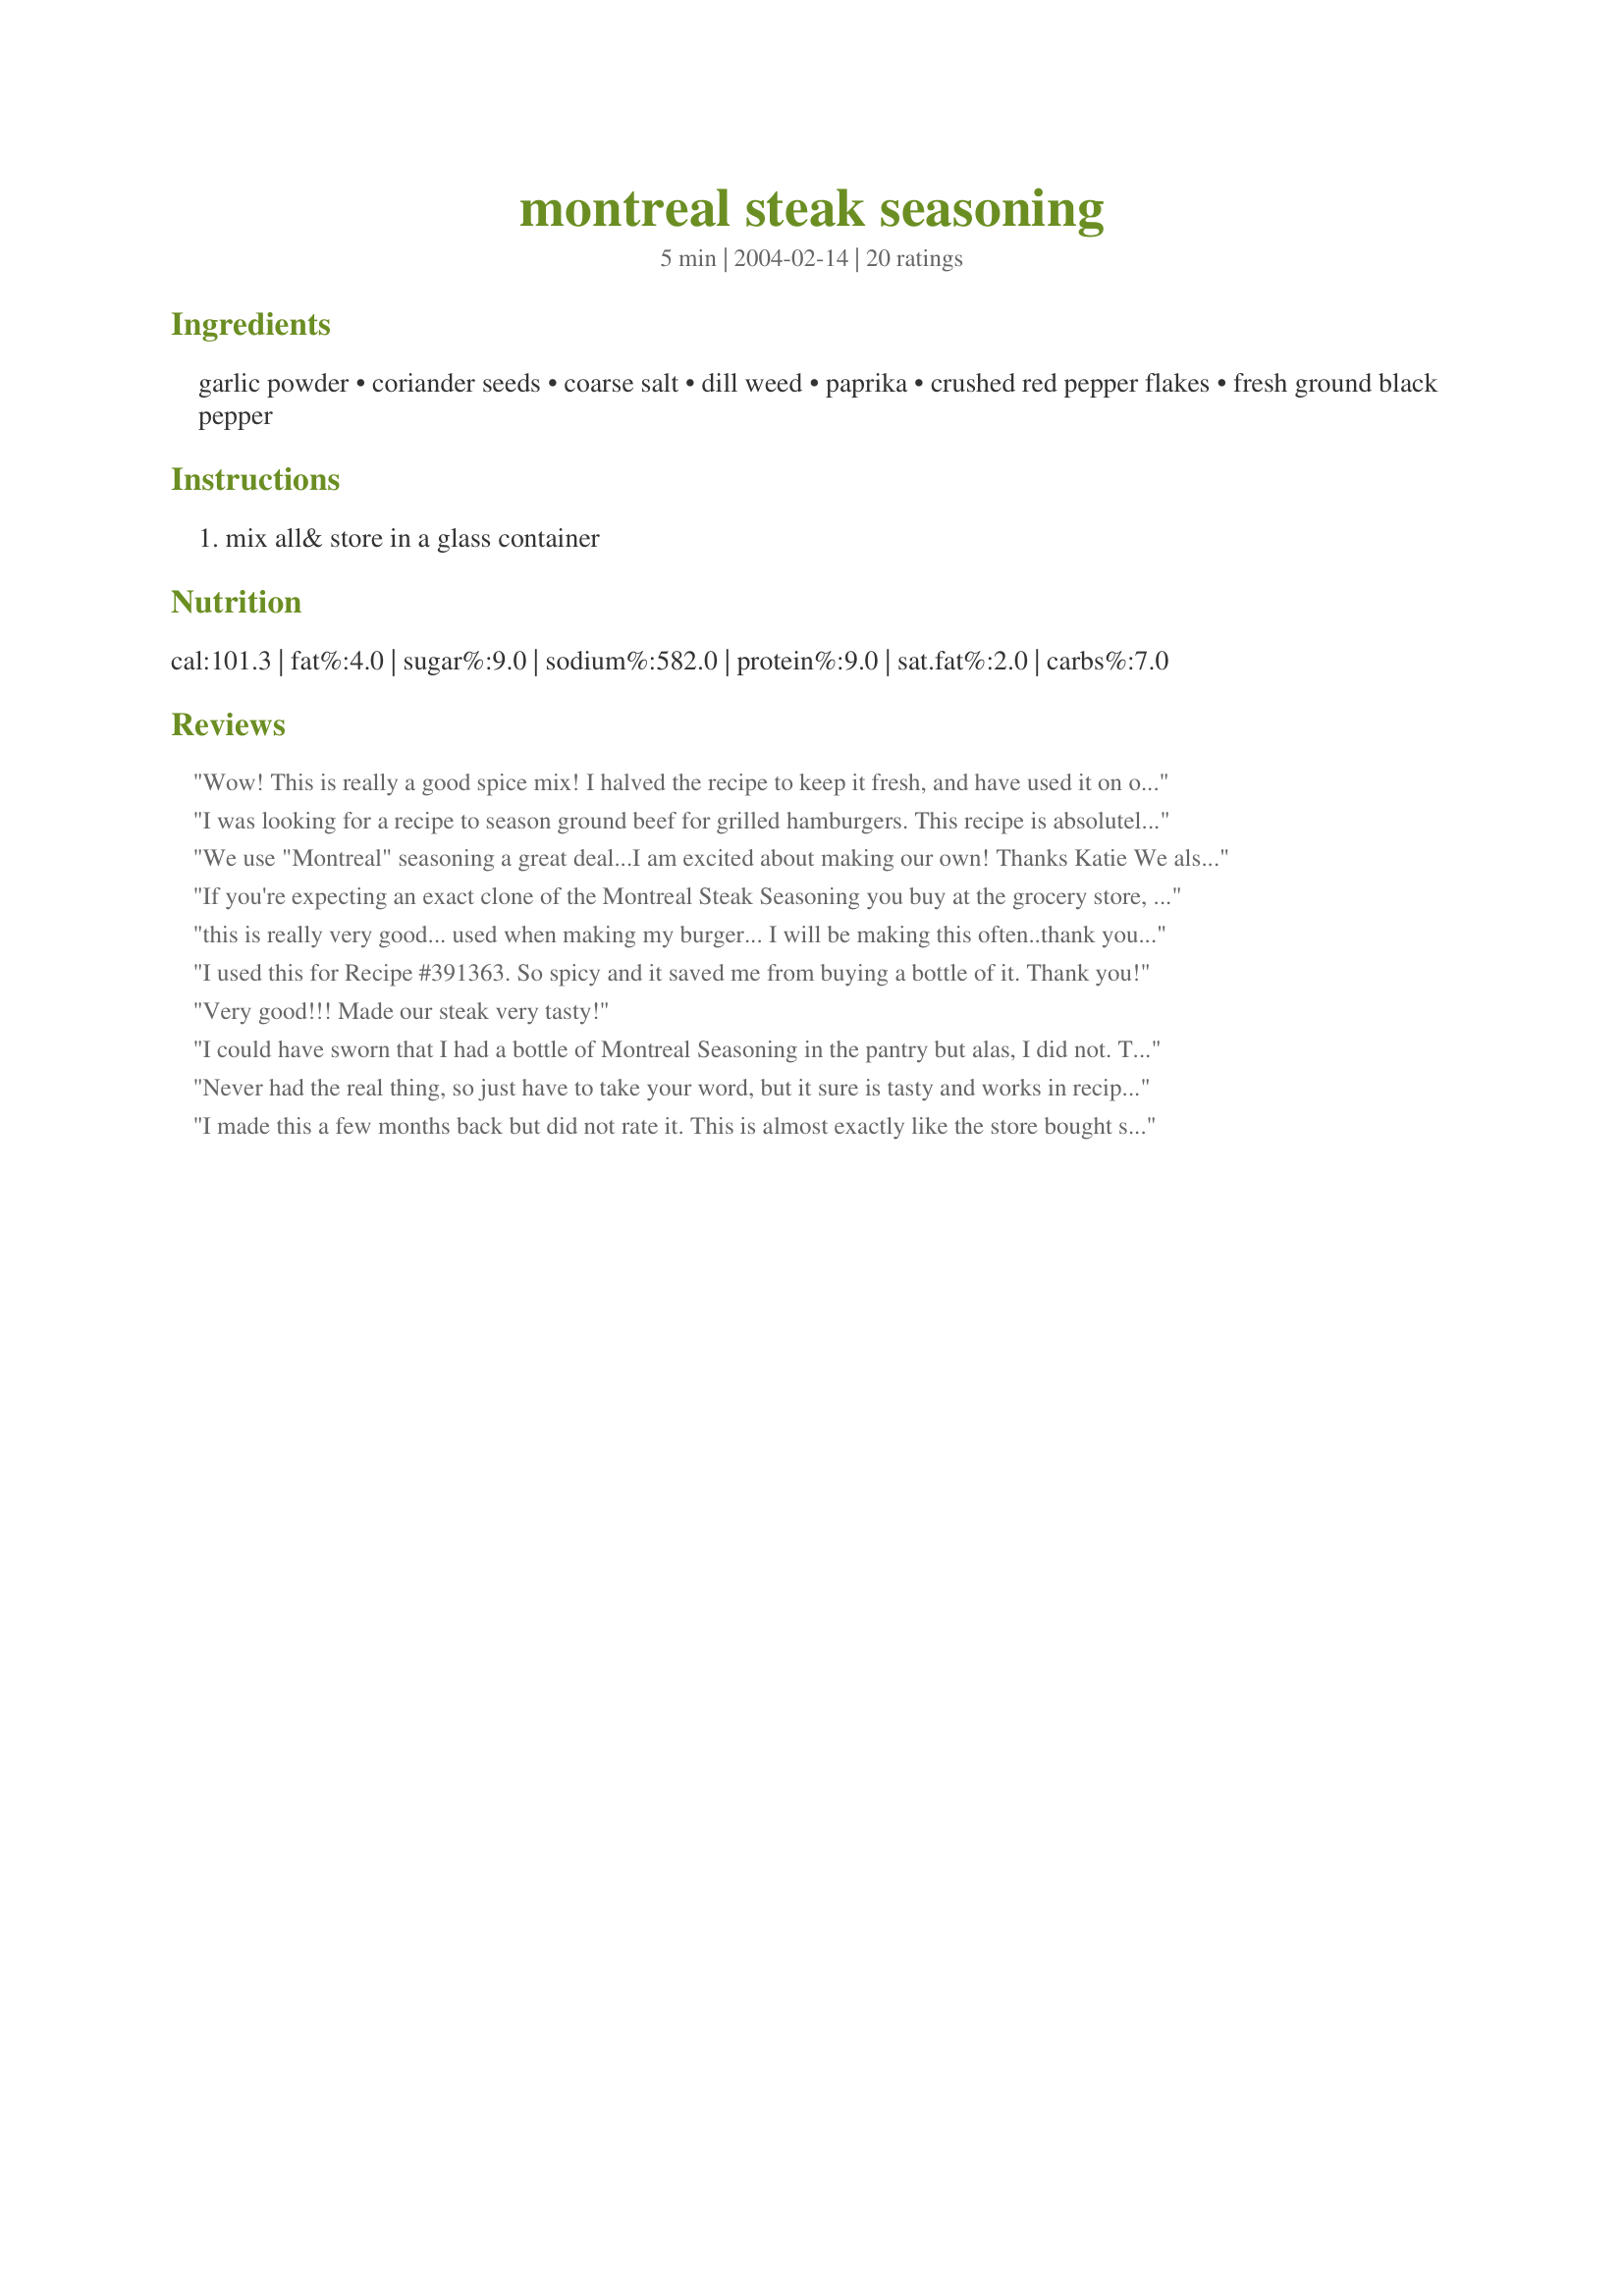
montreal steak seasoning
Preparation time: 5 minutes

Ingredients:
garlic powder, coriander seeds, coarse salt, dill weed, paprika, crushed red pepper flakes, fresh ground black pepper

Steps:
mix all& store in a glass container

Reviews:
Wow! This is really a good spice mix! I halved the recipe to keep it fresh, and have used it on our steaks. I buy good beef (T-Bone or strip loin), but have discovered that by pouring some olive oil on along with this mix a couple of hours before, it makes for a perfect steak! Yum!
I was looking for a recipe to season ground beef for grilled hamburgers. This recipe is absolutely delicious. Our 4th of July grilled hamburgers were the best seasoned burgers I have ever made. I used 2 lbs of ground beef and 1 TBL. of the seasoning mix. Yummy!
We use "Montreal" seasoning a great deal...I am excited about making our own!
Thanks
Katie
We also put it on the meat...a couple of hours earlier..as a dry rub! It's also great on pork loin!
If you're expecting an exact clone of the Montreal Steak Seasoning you buy at the grocery store, you'll be disappointed. That said, this blend has a good mix of flavors and is tasty on all grilled meats, salmon, and mixed into tuna salad for sandwiches.
this is really very good...
used when making my burger...
I will be making this often..thank you for sharing
I used this for Recipe #391363. So spicy and it saved me from buying a bottle of it. Thank you!
Very good!!! Made our steak very tasty!
I could have sworn that I had a bottle of Montreal Seasoning in the pantry but alas, I did not. This recipe came to my rescue. I only made up a quarter of it tonight for what I needed immediately. It was very tasty, almost exactly like the store bought. I will almost assuredly make it again because I like to avoid store bought add ins and fillers. Thanks so much.
Never had the real thing, so just have to take your word, but it sure is tasty and works in recipes I have tried it in!
I made this a few months back but did not rate it. This is almost exactly like the store bought stuff but the best part is i know wat is in it. thanks
Fabulous! I have not tried the "real" thing. Came across this when looking for a way to spice up a not prime cut of venison. Did a slow-cooker roast first rubbing the tough meat with olive oil, then this seasoning. - Since I have used it on grilled venison (- tenderloin) and on chicken. It is so good I am mixing up a huge batch and adding a zip-lock baggie full to each of my 4 adult children's Christmas package!
Easy to make 'old standby' that tastes even better than the original! We fell in love with this on smoked and grilled angus burgers... best burgers we've ever had.
My son was running out of his favorite Montreal Steak Seasoning. I found this recipe and made it up for him. He says it is the real thing. Thanks.
This is not the McCormick Montreal steak seasoning, but it is very good. I've used it on burgers and on pork chops. Red pepper can be adjusted to taste.
Good. Can be improved by using Smoked Sea Salt, and less Coriander.
This is a fast recipe to put together. I used this on 4 minute spicy garlic shrimp recipe # 107997. Thanks for the recipe.
Easy to throw together with all the fresh spices in my pantry... I used it for Recipe #108277 and it was delicious. I will never buy the store brand again! Thanks for posting!!!
I applied this to ball steaks and cubed steak with fabulous results! This will be a new staple recipe in my collection!
I used this for strip steaks and they turned out fantastic!
A peppery blend that fits the bill. Used it for Montreal Spicy Garlic Shrimp #88136 and had no complaints. You may want to make half a recipe unless you'll use it often enough to keep it fresh until it's gone.
